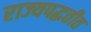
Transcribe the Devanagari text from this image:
राज्यपद्धतीत